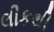
લીકથી